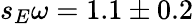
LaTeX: s_{E}\omega=1.1\pm 0.2